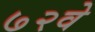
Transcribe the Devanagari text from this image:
७२वे